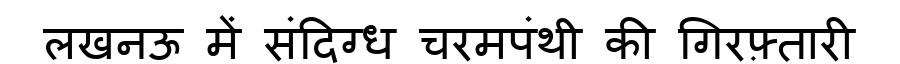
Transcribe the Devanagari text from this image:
लखनऊ में संदिग्ध चरमपंथी की गिरफ़्तारी